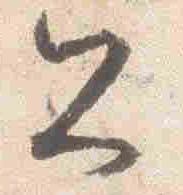
公